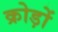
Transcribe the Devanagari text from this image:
क्रोड़ों